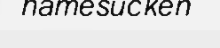
hamesucken